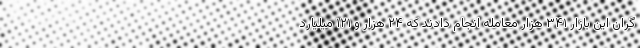
گران این بازار ۳۴۱ هزار معامله انجام دادند که ۲۴ هزار و ۱۲۱ میلیارد